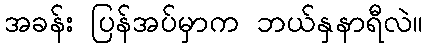
အခန်း ပြန်အပ်မှာက ဘယ်နှနာရီလဲ။